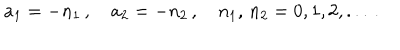
a _ { 1 } = - n _ { 1 } \, , \quad a _ { 2 } = - n _ { 2 } \, , \quad n _ { 1 } , \, n _ { 2 } = 0 , 1 , 2 , . . . \, .